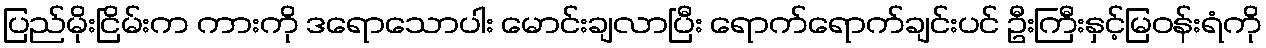
ပြည်မိုးငြိမ်းက ကားကို ဒရောသောပါး မောင်းချလာပြီး ရောက်ရောက်ချင်းပင် ဦးကြီးနှင့်မြဝန်းရံကို